Report on certain features of malaria in the island of Salsette
Disease focus: Malaria
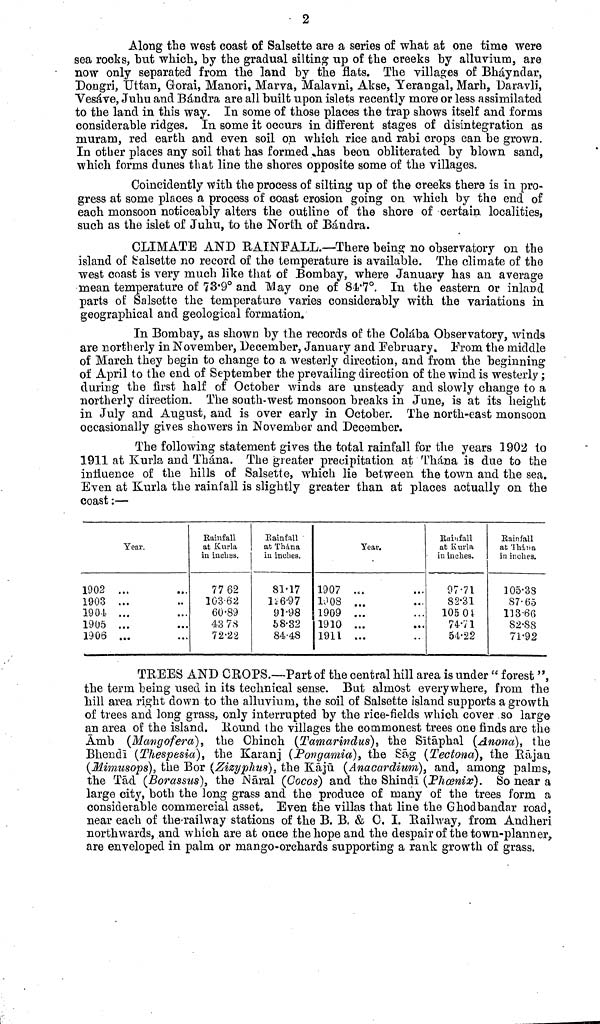
2
Along the west coast of Salsette are a series of what at one time were
sea rocks, but which, by the gradual silting up of the creeks by alluvium, are
now only separated from the land by the flats. The villages of Bháyndar,
Dongri, Uttan, Gorai, Manori, Marva, Malavni, Akse, Yerangal, Marh, Daravli,
Vesáve, Juhu and Bándra are all built upon islets recently more or less assimilated
to the land in this way. In some of those places the trap shows itself and forms
considerable ridges. In some it occurs in different stages of disintegration as
muram, red earth and even soil on which rice and rabi crops can be grown.
In other places any soil that has formed has been obliterated by blown sand,
which forms dunes that line the shores opposite some of the villages.
Coincidently with the process of silting up of the creeks there is in pro-
gress at some places a process of coast erosion going on which by the end of
each monsoon noticeably alters the outline of the shore of certain localities,
such as the islet of Juhu, to the North, of Bándra.
CLIMATE AND RAINFALL.—There being no observatory on the
island of Salsette no record of the temperature is available. The climate of the
west coast is very much like that of Bombay, where January has an average
mean temperature of 73•9° and May one of 84•7°. In the eastern or inland
parts of Salsette the temperature varies considerably with the variations in
geographical and geological formation.
In Bombay, as shown by the records of the Colába Observatory, winds
are northerly in November, December, January and February. From the middle
of March they begin to change to a westerly direction, and from the beginning
of April to the end of September the prevailing direction of the wind is westerly;
during the first half of October winds are unsteady and slowly change to a
northerly direction. The south-west monsoon breaks in June, is at its height
in July and August, and is over early in October. The north-east monsoon
occasionally gives showers in November and December.
The following statement gives the total rainfall for the years 1902 to
1911 at Kurla and Thána. The greater precipitation at Thána is due to the
influence of the hills of Salsette, which lie between the town and the sea.
Even at Kurla the rainfall is slightly greater than at places actually on the
coast:—
Year.
1902 .
1903 .
1904 ...
1905 .
1906 .
Rainfall
at Kurla
in inches.
77 62
103-62
60•89
43 78
72•22
Rainfall
at Thána
in inches.
81•17
126•97
91•98
58•32
84•48
Year.
1907
1908 ...
1909
1910
1911
Rainfall
at Kurla
in inches.
97•71
82•31
105 01
74• 71
54•22
Rainfall
at Thána
in inches.
105•38
87•65
113•66
82•88
71•92
TREES AND CROPS.—Part of the central hill area is under " forest
the term being used in its technical sense. But almost everywhere, from the
hill area right down to the alluvium, the soil of Salsette island supports a growth
of trees and long grass, only interrupted by the rice-fields which cover so large
an area of the island, Round the villages the commonest trees one finds are the
Amb (Mangofera), the Chinch (Tamarindus), the Sitäphal (Anona), the
Bhendï (Thespesia), the Karanj (Pongamia), the Sag (Tectona), the Rajau
(Mimusops), the Bor (Zizyphus), the Kaju (Anacardium), and, among palms,
the Tad (Borassus}, the Naral (Cocos) and the Shindi (PhcBnix). So near a
large city, both the long grass and the produce of many of the trees form a
considerable commercial asset. Even the villas that line the G hod bandar road,
near each of the-railway stations of the B. B. & C. I. Railway, from Andheri
northwards, and which are at once the hope and the despair of the town-planner,
are enveloped in palm or mango-orchards supporting a rank growth of grass.